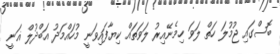
ބޮސްގައި ޖުމުލަ ހަތް ލަވަ ހިމެނޭއިރު ލަވަތައް ކިޔާފައިވަނީ މުހައްމަދު އަބްދުލް ޣަނީ